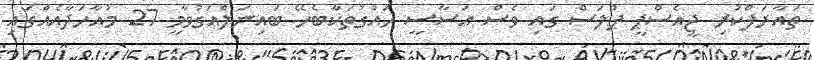
ތައާރަފްކުރި ޖީއެސްޕީ ޕްލަސް ގައި ވެސް އަސާސީ ހައްގުތަކާބެހޭ ބައިނަލްއަގުވާމީ 27 މުއާހަދާއެއްގައި